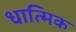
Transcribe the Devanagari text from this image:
धात्मिक